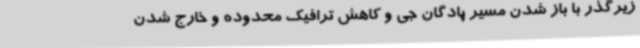
زیرگذر با باز شدن مسیر پادگان جی و کاهش ترافیک محدوده و خارج شدن